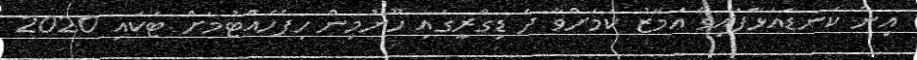
އިން ކަނޑައަޅާފައިވާ އަމާޒު ކަމަށްވާ ދެ ޑިގްރީގައި ހޫނުމިން ހިފެހެއްޓުމަށް ޓަކައި 2020